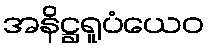
အနိဋ္ဌရူပံယေဝ